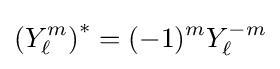
\left(Y_{\ell }^{m}\right)^{*}=(-1)^{m}Y_{\ell }^{-m}